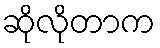
ဆိုလိုတာက